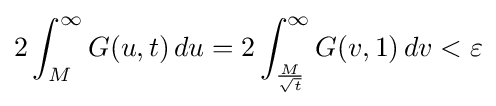
2\int _{M}^{\infty }G(u,t)\,du=2\int _{\frac {M}{\sqrt {t}}}^{\infty }G(v,1)\,dv<\varepsilon